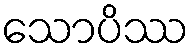
သောပိဿ